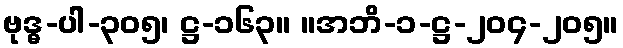
ဗုဒ္ဓ-ပါ-၃၀၅၊ ဋ္ဌ-၁၆၃။ ။အဘိ-၁-ဋ္ဌ-၂၀၄-၂၀၅။